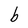
Character: b